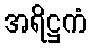
အရိဋ္ဌကံ